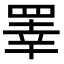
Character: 睪